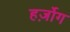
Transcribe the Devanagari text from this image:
हर्ज़ोग